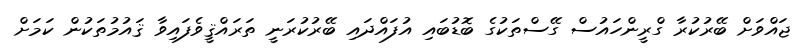
ޖައްވަށް ބޭރުކުރާ ގްރީންހައުސް ގޭސްތަކުގެ ބޮޑުބައި އުފައްދައި ބޭރުކުރަނީ ތަރައްޤީވެފައިވާ ޤައުމުތަކުން ކަމަށް